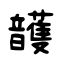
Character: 頀